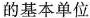
的基本单位